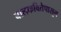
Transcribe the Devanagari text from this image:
बालकवितेपासून